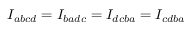
{ I _ { a b c d } = I _ { b a d c } = I _ { d c b a } = I _ { c d b a } }